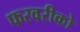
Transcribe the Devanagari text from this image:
फरवरीको